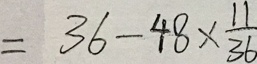
= 3 6 - 4 8 \times \frac { 1 1 } { 3 6 }